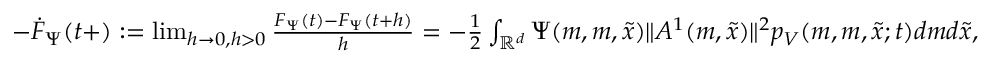
\begin{array} { r } { - \dot { F } _ { \Psi } { ( t + ) } : = \operatorname* { l i m } _ { h \rightarrow 0 , h > 0 } \frac { F _ { \Psi } ( t ) - F _ { \Psi } ( t + h ) } { h } = - \frac { 1 } { 2 } \int _ { { \mathbb R } ^ { d } } \Psi ( m , m , \tilde { x } ) \| A ^ { 1 } ( m , \tilde { x } ) \| ^ { 2 } p _ { V } ( m , m , \tilde { x } ; t ) d m d \tilde { x } , } \end{array}